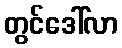
တွင်ဒေါ်လာ